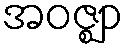
အဝဇ္ဈာ